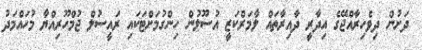
ދަށުން ދިވެހިރާއްޖޭގެ އިދާރީ ދާއިރާތައް ލާމަރްކަޒީ އުސޫލުން ހިންގުމަށްޓަކައި ރައީސުލް ޖުމްހޫރިއްޔާ މުހައްމަދު